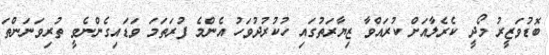
ބޮޑުވަޒީރު މޯދީ ކެރެލާއަށް ކުރައްވާ ޒިޔާރަތުގައި ހުކުރުދުވަހު އެންމެ ފުރަތަމަ ވަޑައިގެންނެވީ ތުރިވަނަންތަ